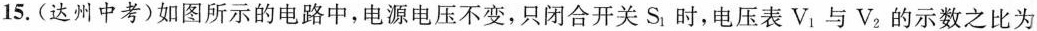
15.(达州中考)如图所示的电路中，电源电压不变，只闭合开关S_{1}时，电压表V_{1}与V_{2}的示数之比为